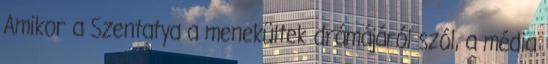
Amikor a Szentatya a menekültek drámájáról szól, a média